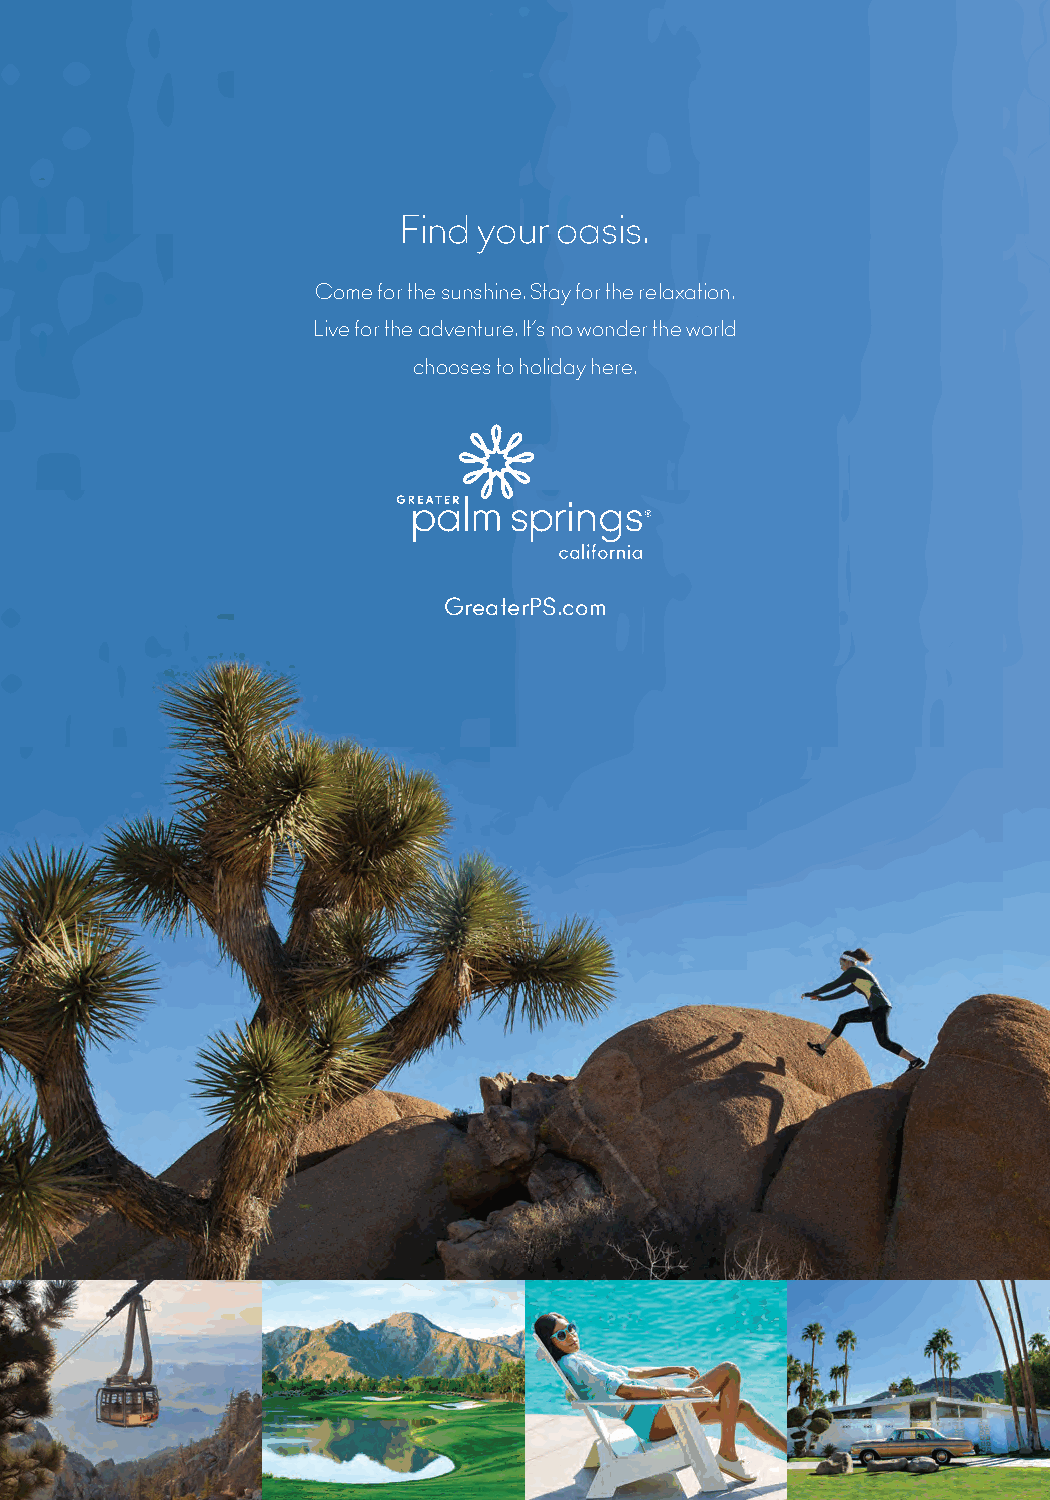
Find your oasis.
 Come for the sunshine. Stay for the relaxation.
 Live for the adventure. It’s no wonder the world
 chooses to holiday here.
 GreaterPS.com